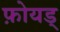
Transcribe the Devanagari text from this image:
फ़ोयड्